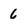
Character: 6